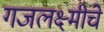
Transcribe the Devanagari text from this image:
गजलक्ष्मीचे